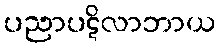
ပညာပဋိလာဘာယ